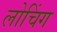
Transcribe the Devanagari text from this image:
लोचिंग